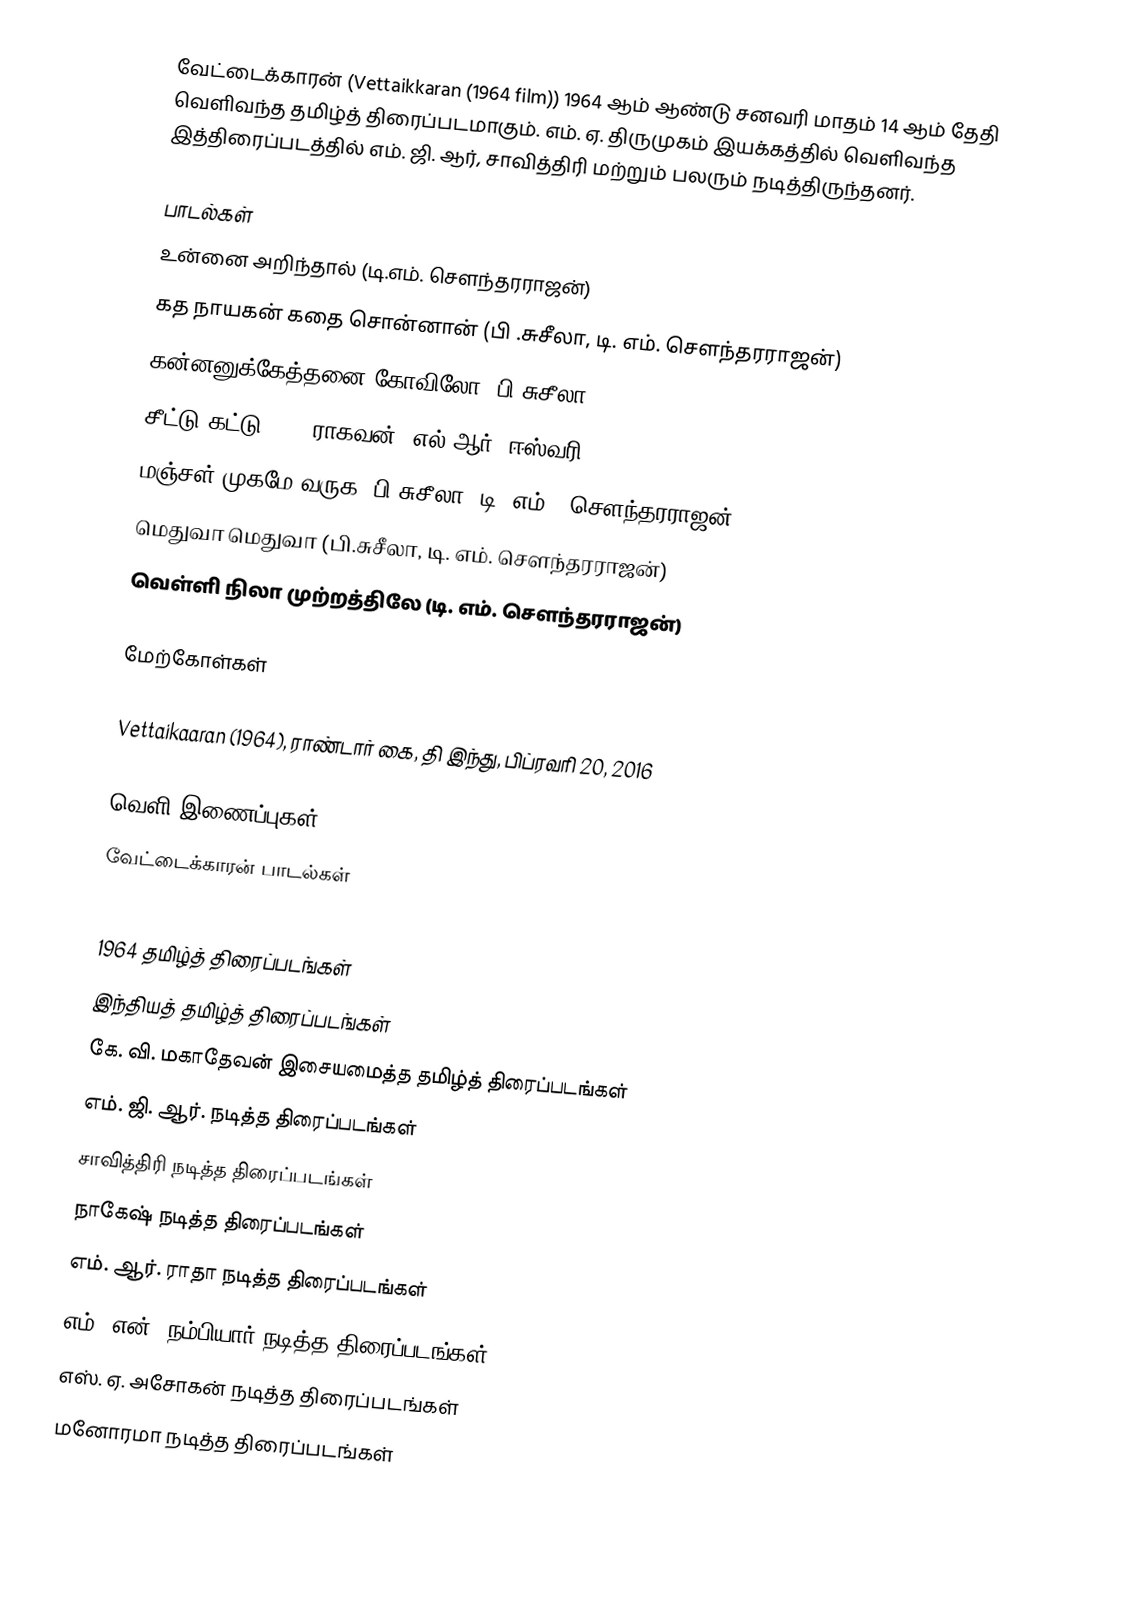
வேட்டைக்காரன் (Vettaikkaran (1964 film)) 1964 ஆம் ஆண்டு சனவரி மாதம் 14 ஆம் தேதி வெளிவந்த தமிழ்த் திரைப்படமாகும். எம். ஏ. திருமுகம் இயக்கத்தில் வெளிவந்த இத்திரைப்படத்தில் எம். ஜி. ஆர், சாவித்திரி மற்றும் பலரும் நடித்திருந்தனர்.

பாடல்கள்
 உன்னை அறிந்தால் (டி.எம். சௌந்தரராஜன்)
 கத நாயகன் கதை சொன்னான் (பி .சுசீலா, டி. எம். சௌந்தரராஜன்)
 கன்னனுக்கேத்தனை கோவிலோ (பி.சுசீலா)
 சீட்டு கட்டு (AL. ராகவன், எல்.ஆர். ஈஸ்வரி)
 மஞ்சள் முகமே வருக (பி.சுசீலா, டி. எம்.. சௌந்தரராஜன்)
 மெதுவா மெதுவா (பி.சுசீலா, டி. எம். சௌந்தரராஜன்)
 வெள்ளி நிலா முற்றத்திலே (டி. எம். சௌந்தரராஜன்)

மேற்கோள்கள்

Vettaikaaran (1964), ராண்டார் கை, தி இந்து, பிப்ரவரி 20, 2016

வெளி இணைப்புகள்
 வேட்டைக்காரன் பாடல்கள்

1964 தமிழ்த் திரைப்படங்கள்
இந்தியத் தமிழ்த் திரைப்படங்கள்
கே. வி. மகாதேவன் இசையமைத்த தமிழ்த் திரைப்படங்கள்
எம். ஜி. ஆர். நடித்த திரைப்படங்கள்
சாவித்திரி நடித்த திரைப்படங்கள்
நாகேஷ் நடித்த திரைப்படங்கள்
எம். ஆர். ராதா நடித்த திரைப்படங்கள்
எம். என். நம்பியார் நடித்த திரைப்படங்கள்
எஸ். ஏ. அசோகன் நடித்த திரைப்படங்கள்
மனோரமா நடித்த திரைப்படங்கள்